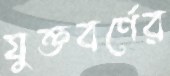
যুক্তবর্ণের